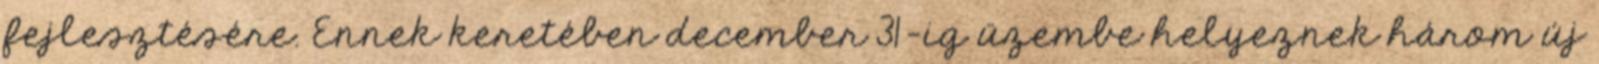
fejlesztésére. Ennek keretében december 31-ig üzembe helyeznek három új